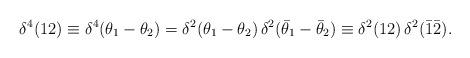
LaTeX: \begin{align*}\delta^4(12)\equiv\delta^4(\theta_1 - \theta_2) =\delta^2(\theta_1 -\theta_2) \, \delta^2(\bar{\theta}_1-\bar{\theta}_2) \equiv \delta^2(12) \, \delta^2 (\bar{1}\bar{2}).\end{align*}